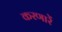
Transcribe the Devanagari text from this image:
करणारें